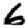
Digit: 6